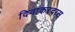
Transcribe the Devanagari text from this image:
दिवाकरदास